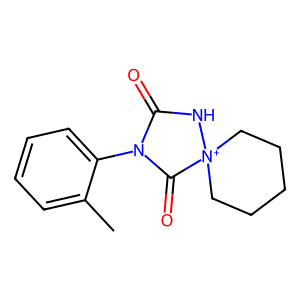
SMILES: Cc1ccccc1N1C(=O)N[N+]2(CCCCC2)C1=O
Inhibits HIV replication: No